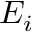
E _ { i }